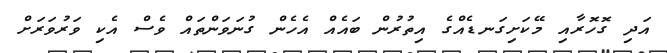
އަދި ގޮހޮރާއި މޭކަށިގަނޑެއްގެ އިތުރުން ބައެއް އެހެން ގުނަވަންތައް ވެސް އެކި ވަރުވަރަށް